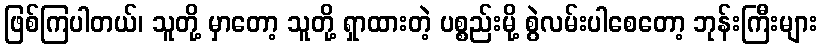
ဖြစ်ကြပါတယ်၊ သူတို့ မှာတော့ သူတို့ ရှာထားတဲ့ ပစ္စည်းမို့ စွဲလမ်းပါစေတော့ ဘုန်းကြီးများ